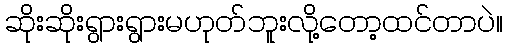
ဆိုးဆိုးရွားရွားမဟုတ်ဘူးလို့တော့ထင်တာပဲ။